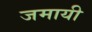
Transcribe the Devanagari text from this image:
जमायी